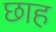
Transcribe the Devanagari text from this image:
छाह